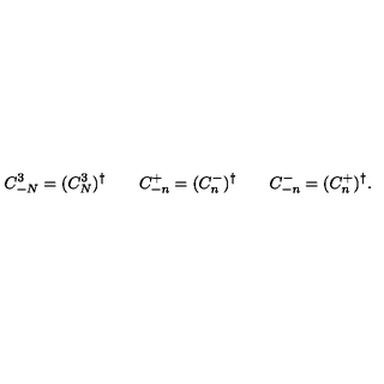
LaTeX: C _ { - N } ^ { 3 } = ( C _ { N } ^ { 3 } ) ^ { \dagger } \qquad C _ { - n } ^ { + } = ( C _ { n } ^ { - } ) ^ { \dagger } \qquad C _ { - n } ^ { - } = ( C _ { n } ^ { + } ) ^ { \dagger } .